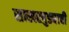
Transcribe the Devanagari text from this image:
साखरपुड्याची